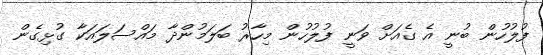
ފުލުހުން ބުނީ އެ ގެއަށް ވަނީ ފުލުހުން މިހާރު ބަލަމުންދާ މައްސަލައަކާ ގުޅިގެން